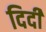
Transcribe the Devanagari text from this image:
दिदी